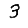
Digit: 3